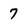
Character: 7